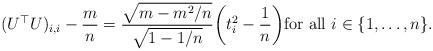
LaTeX: \begin{align*}(U^\top U)_{i,i} - \frac{m}{n} = \frac{\sqrt{m - m^2/n}}{\sqrt{1-1/n}} \bigg( t_i^2 - \frac{1}{n} \bigg) \mbox{for all }i \in \{1,\ldots, n\}.\end{align*}